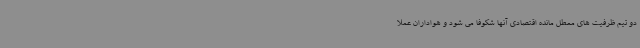
دو تیم ظرفیت های معطل مانده اقتصادی آنها شکوفا می شود و هواداران عملا